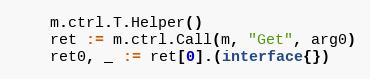
Language: Go
	m.ctrl.T.Helper()
	ret := m.ctrl.Call(m, "Get", arg0)
	ret0, _ := ret[0].(interface{})